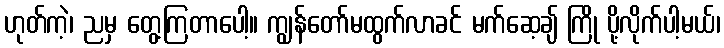
ဟုတ်ကဲ့၊ ညမှ တွေ့ကြတာပေါ့။ ကျွန်တော်မထွက်လာခင် မက်ဆေ့ချ် ကြို ပို့လိုက်ပါ့မယ်၊